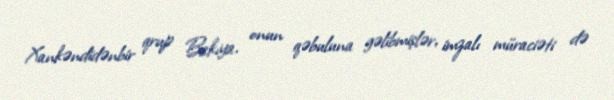
Xankəndidənbir qrup Bakıya, onun qəbuluna gəlibmişlər, imzalı müraciəti də